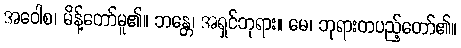
အဝေါစ၊ မိန့်တော်မူ၏။ ဘန္တေ၊ အရှင်ဘုရား။ မေ၊ ဘုရားတပည့်တော်၏။